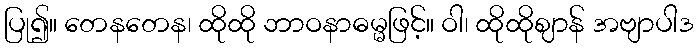
ပြု၍။ တေနတေန၊ ထိုထို ဘာဝနာဓမ္မဖြင့်။ ဝါ၊ ထိုထိုဈာန် အဗျာပါဒ